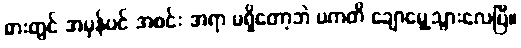
ဓားတွင် အမှန်ပင် အစင်း အရာ မရှိတော့ဘဲ ပကတိ ချောမွေ့သွားလေပြီ။